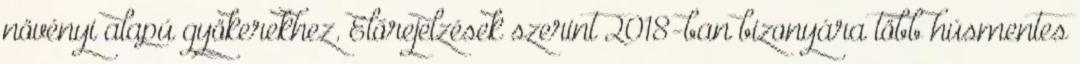
növényi alapú gyökerekhez. Előrejelzések szerint 2018-ban bizonyára több húsmentes